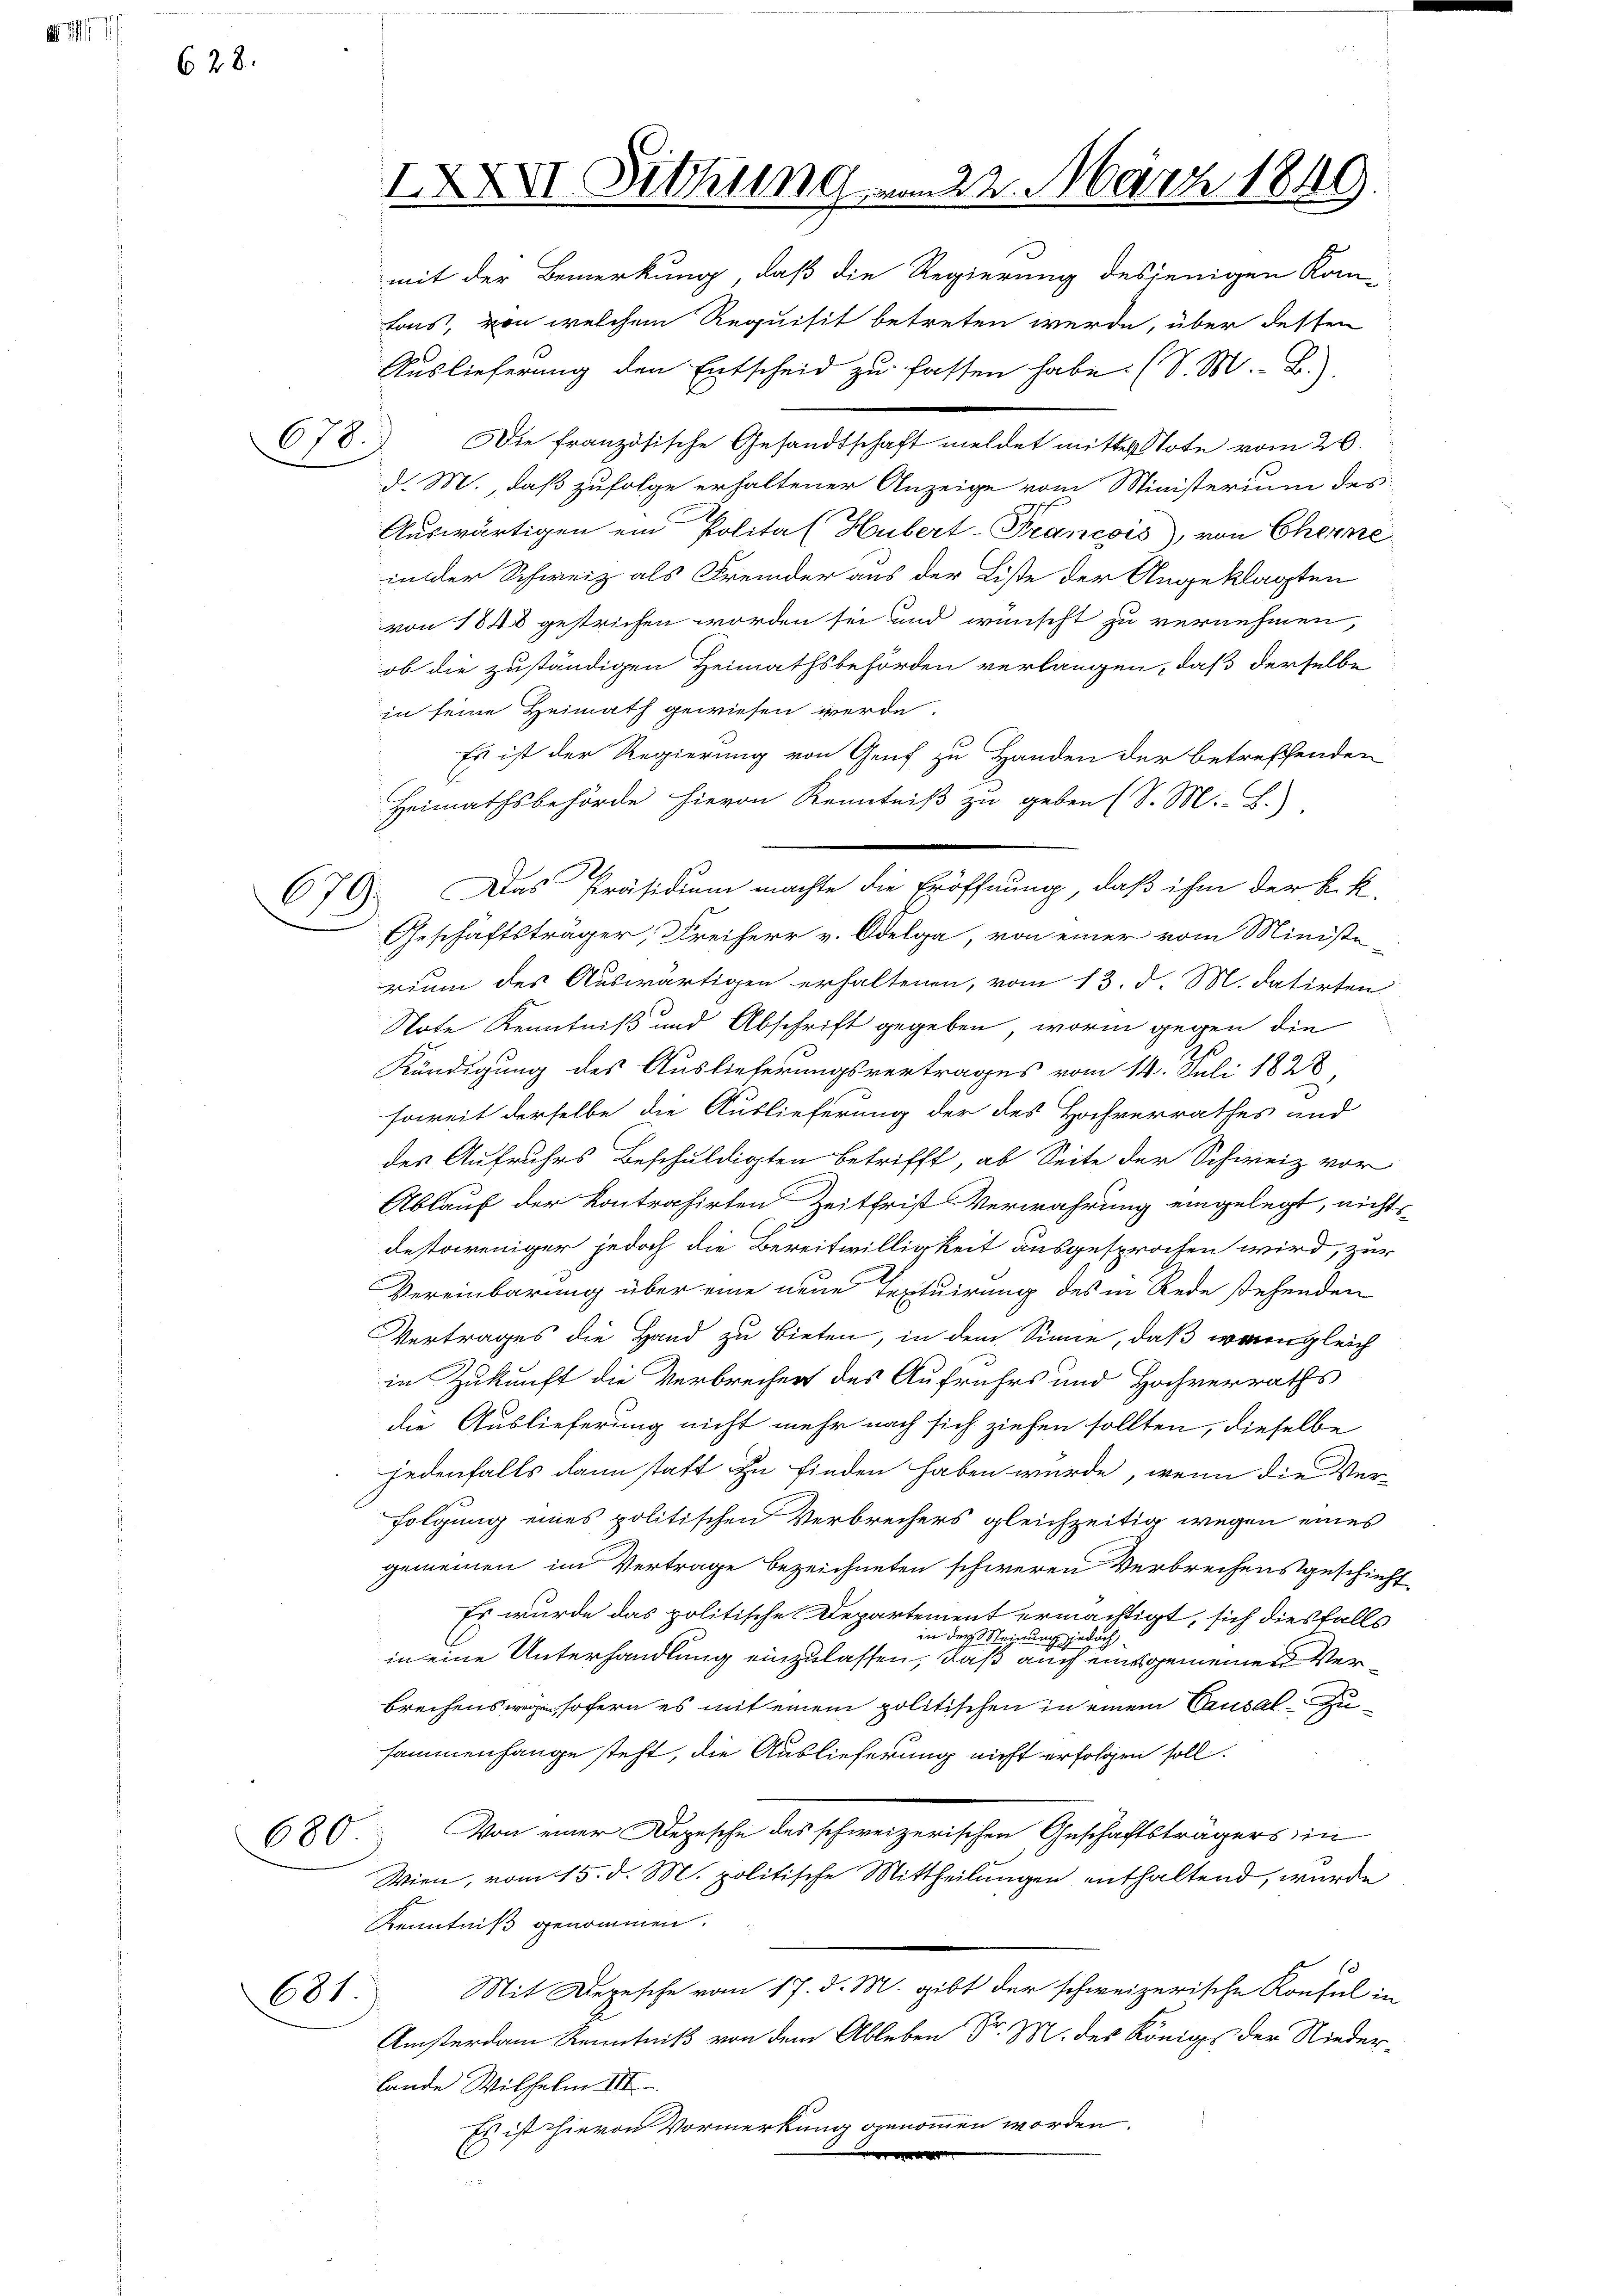
.
628.

679.

678.

IXXXI Sitzung vom 22. März 1849.

mit der Bemerkung, daß die Regierung desjenigen Kom-
tons, von welchem Requisit betreten werde, über dessen
Auslieferung den Entscheid zu fassen habe. (S. M. B.).
Die französische Gesandtschaft meldet mittel Note vom 26.
d. M., daß zufolge erhaltener Anzeige vom Ministerium des
Auswärtigen ein Polital Hubert-Prancois), von Cherne
in der Schweiz als Fremder aus der Liste der Angeklagten
von 1848 gestrichen worden sei und wünscht zu vernehmen,
ob die zuständigen Heimathsbehörden verlangen, daß derselbe
in seine Heimath gewiesen werde.
Es ist der Regierung von Genf zu Handen der betreffenden
Heimathsbehörde hievon Kenntniß zu geben (S. M. B.)
Geschäftsträger, Freiherr v. Odelga, von einer vom Ministe-
rium des Auswärtigen erhaltenen, vom 13. d. M. datirten
Note Kenntniß und Abschrift gegeben, worin gegen die
Kündigung des Auslieferungsvertrages vom 14. Juli 1828
soweit derselbe die Auslieferung der des Hochverrathes und
des Aufruhes Beschuldigten betrifft, ab Seite der Schweiz vor
Ablauf der Kontrahirten Zeitfrist Verwahrung eingelegt, nichts
destoweniger jedoch die Bereitwilligkeit ausgesprochen wird, zur
Vereinbarung über eine neue Textuirung des in Rede stehenden
Vertrages die Hand zu bieten, in dem Sinne, daß wenngleich
in Zukunft die Verbrecher des Aufruhrs und Hochverraths
die Auslieferung nicht mehr nach sich ziehen sollten, dieselbe
jedenfalls dann statt zu finden haben würde, wenn die Verfolgung eines politischen Verbrechers gleichzeitig wegen eines
gemeinen im Vertrage bezeichneten schweren Verbrechensgeschieht
Es wurde das politische Departement ermächtigt, sich diesfalls
in der Meinung
inlich
in eine Unterhandlung einzulassen, daß auch eines gemeinen Verbrechenswegen, sofern es mit einem politischen in einem Causal-Zusammenhange steht, die Auslieferung nicht erfolgen soll.
680. Von einer Depesche des schweizerischen Geschäftsträgers in
Wien, vom 15. d. M. politische Mittheilungen enthaltend, wurde
Kenntniß genommen.
Mit Depesche vom 17. d. M. gibt der schweizerische Konsul in
681
Amsterdam Kenntniß von dem Ableben Fr. M. des Königs der Niederlande Wilhelm III
Es ist hievon Vormerkung genommen worden.
C

Das Präsidium machte die Eröffnung, daß ihm der K. K.